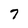
Character: 7